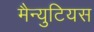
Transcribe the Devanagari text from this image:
मैन्युटियस